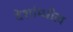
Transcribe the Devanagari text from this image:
देशांम्धील